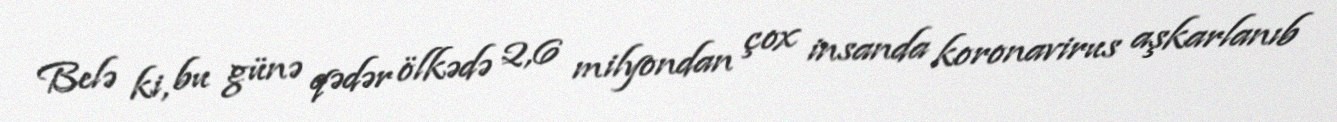
Belə ki, bu günə qədər ölkədə 2,6 milyondan çox insanda koronavirus aşkarlanıb